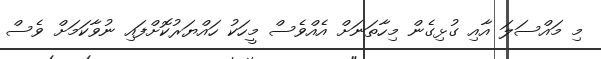
މި މައްސަލަ އާއި ގުޅިގެން މިހާތަނަށް އެއްވެސް މީހަކު ހައްޔަރުކޮށްފައި ނުވާކަމަށް ވެސް